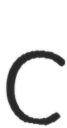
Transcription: C